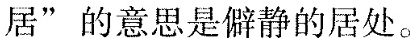
居“的意思是僻静的居处。